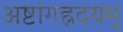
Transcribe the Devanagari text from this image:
अष्टांगह्रदयम्